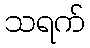
သရက်